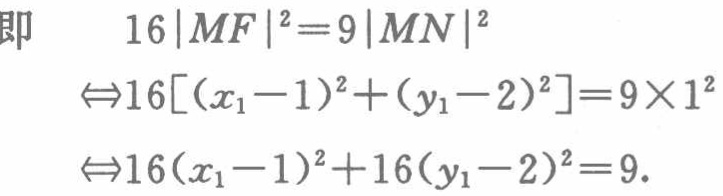
\[
\begin{align*}
&16|MF|^{2}=9|MN|^{2}\\
\Leftrightarrow&16[(x_{1} - 1)^{2}+(y_{1} - 2)^{2}]=9\times1^{2}\\
\Leftrightarrow&16(x_{1} - 1)^{2}+16(y_{1} - 2)^{2}=9.
\end{align*}
\]